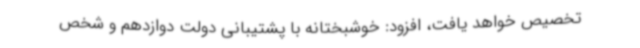
تخصیص خواهد یافت، افزود: خوشبختانه با پشتیبانی دولت دوازدهم و شخص